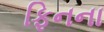
ફિનના